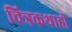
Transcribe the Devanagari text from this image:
चित्रकथाही